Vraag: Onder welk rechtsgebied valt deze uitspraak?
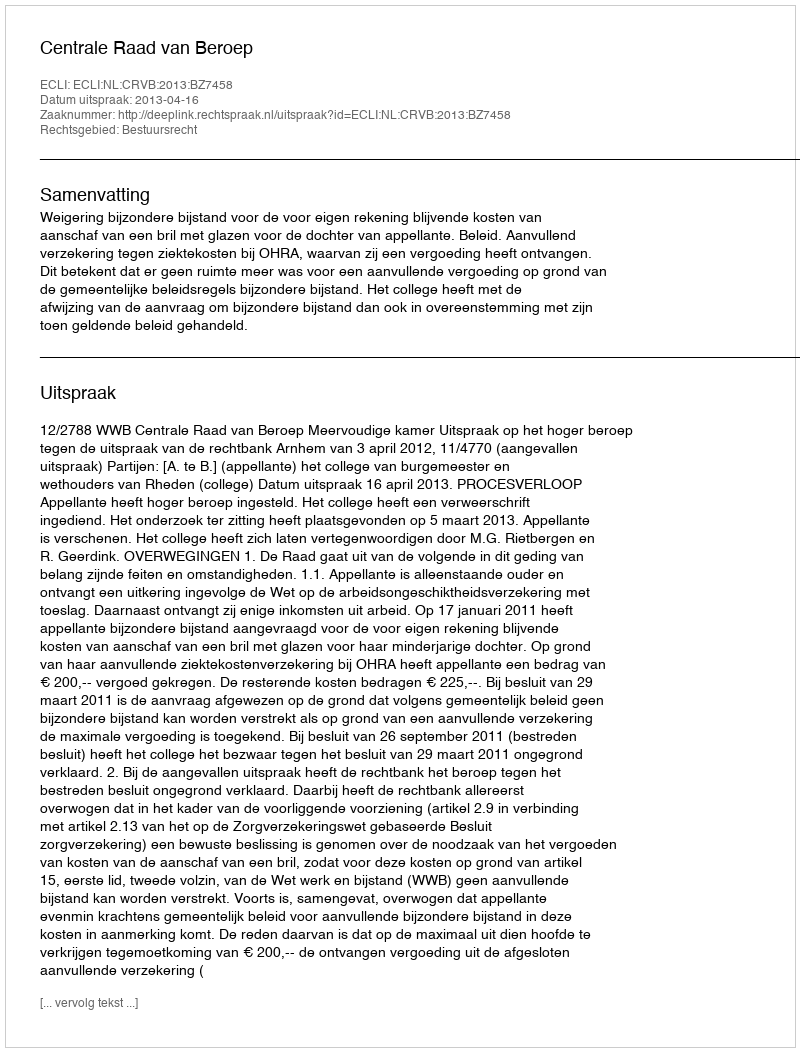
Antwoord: Bestuursrecht